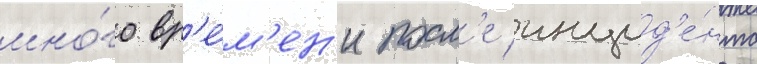
мно́го вр'е́м'ен'и посл'е инцид'е́нта